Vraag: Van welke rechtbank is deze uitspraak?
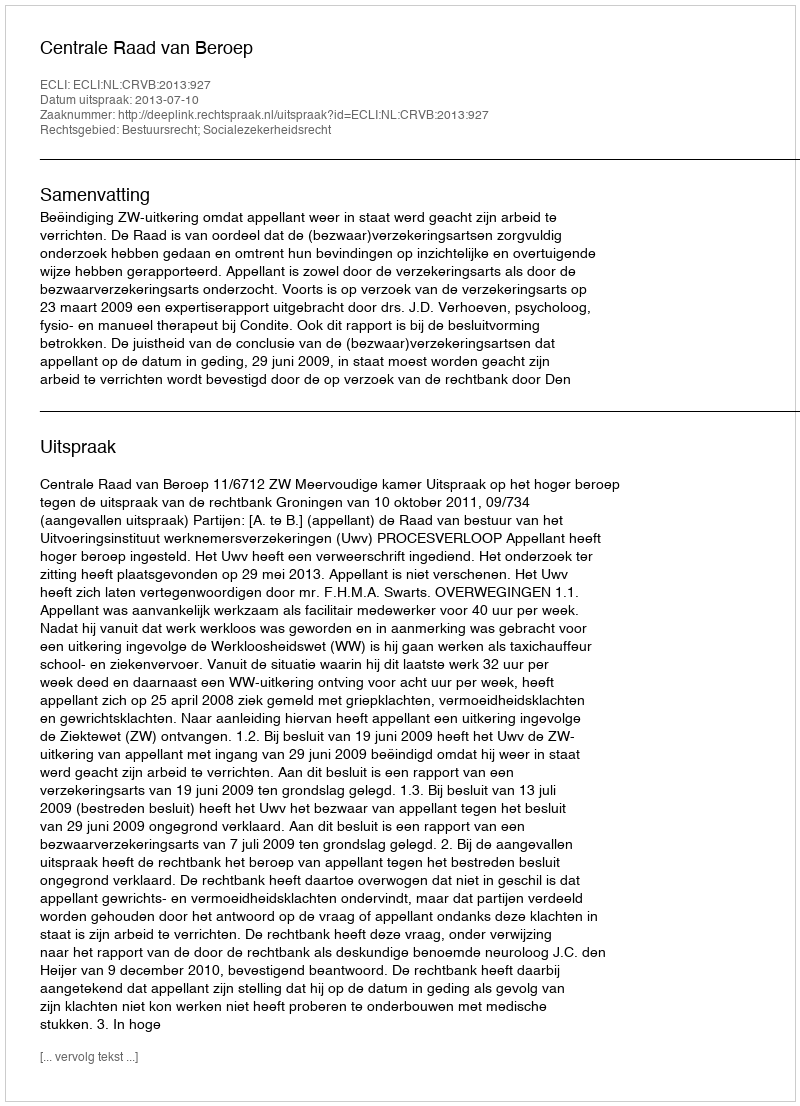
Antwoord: Centrale Raad van Beroep